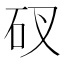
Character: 䂘